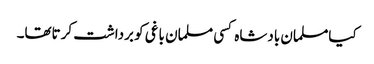
کیامسلمان بادشاہ کسی مسلمان باغی کو برداشت کرتاتھا۔